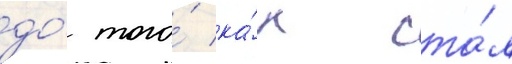
до́ того́ ка́к ста́л